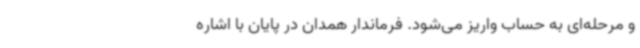
و مرحله‌ای به حساب واریز می‌شود. فرماندار همدان در پایان با اشاره